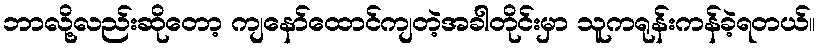
ဘာလို့လည်းဆိုတော့ ကျနော်ထောင်ကျတဲ့အခါတိုင်းမှာ သူကရုန်းကန်ခဲ့ရတယ်။